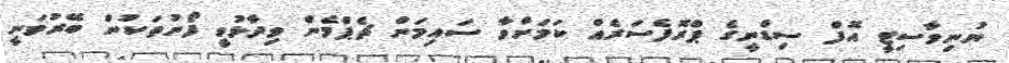
ޔުނިވާސިޓީ އޮފް ސިޑްނީގެ ޕްރޮފެސަރެއް ކަމަށްވާ ސައިމަން ޗެޕްމެން ވިދާޅުވީ ފޯނުތަކުން ބޭރުވަނީ